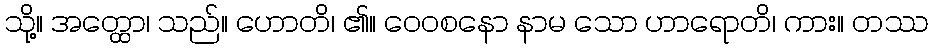
သို့။ အတ္ထော၊ သည်။ ဟောတိ၊ ၏။ ဝေဝစနော နာမ သော ဟာရောတိ၊ ကား။ တဿ